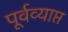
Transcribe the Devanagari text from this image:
पूर्वव्याप्त